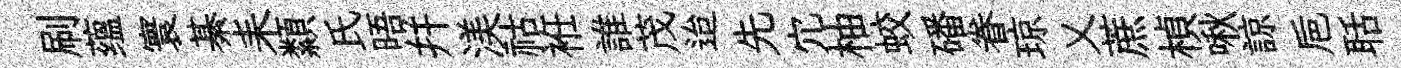
刷蕴寰綦耒纇氏晤幷渼祜袵誰茂迨先宂柚蛟磻眷琼乂蔗楨啾諒巵聒